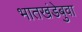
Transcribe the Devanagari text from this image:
भातखंडेबुवा